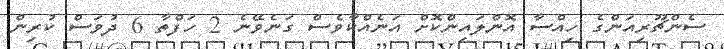
ސެންޗޫރިއަންގެ ހިއްސާ އޮންލައިންކޮށް އަނެއްކާވެސް ގަނެވޭނެ 2 ހަފްތާ 6 ދުވަސް ކުރިން